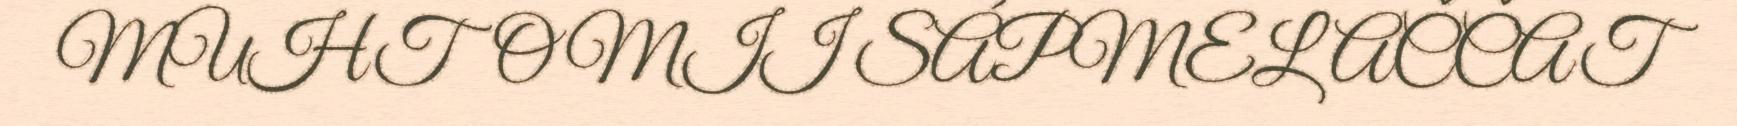
MUHTO MII SÁPMELAČČAT